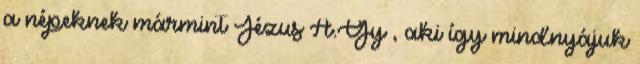
a népeknek mármint Jézus A.Gy , aki így mindnyájuk